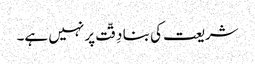
شریعت کی بنا دِقّت پر نہیں ہے۔